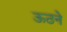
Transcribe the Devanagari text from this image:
ऊठने